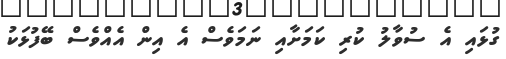
ގުޅައި އެ ސުވާލު ކުރި ކަމަށާއި ނަމަވެސް އެ އިން އެއްވެސް ބޭފުޅަކު